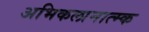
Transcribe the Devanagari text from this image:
अभिकलानात्म्क